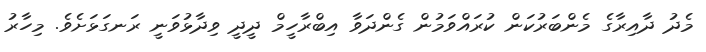
މެދު ދާއިރާގެ މެންބަރުކަން ކުރައްވަމުން ގެންދަވާ އިބްރާހީމް ދީދީ ވިދާޅުވަނީ ރަނގަޅަށެވެ. މިހާރު